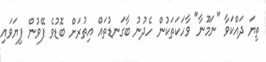
ތިޔަ ދައްކަވާ "ނަމޫނާ" ވާހަކަތަކުން ހެދުނު ބާގަނޑުތައް އިތުރަށް ބޮޑުވެ ފޭވުން ފިޔަވައި